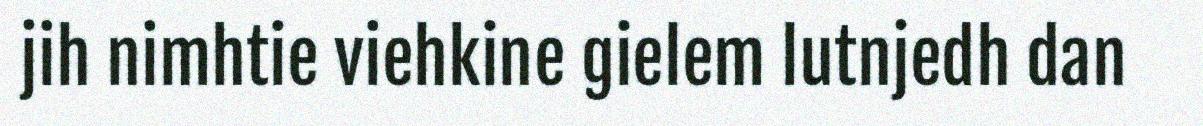
jih nimhtie viehkine gielem lutnjedh dan